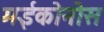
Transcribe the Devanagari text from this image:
मईकोनोस